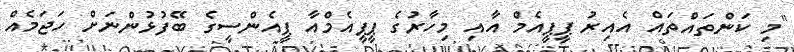
"މި ކަންތައްތައް އެއިރު ޕީޕީއެމް އާއި މިހާރުގެ ޕީޕީއެމްއާ ޕީއެންސީގެ ބޭފުޅުންނަށް ހަޖަމެއް